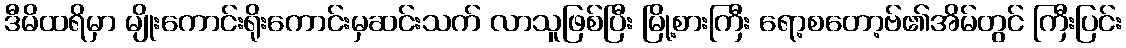
ဒီမိထရိမှာ မျိုးကောင်းရိုးကောင်းမှဆင်းသက် လာသူဖြစ်ပြီး မြို့စားကြီး ရော့စတော့ဗ်၏အိမ်တွင် ကြီးပြင်း